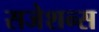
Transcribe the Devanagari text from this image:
सजेशन्स